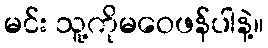
မင်း သူ့ကိုမဝေဖန်ပါနဲ့။